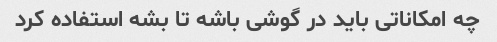
چه امکاناتی باید در گوشی باشه تا بشه استفاده کرد